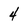
Character: 4